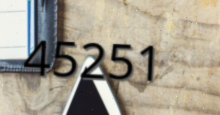
45251